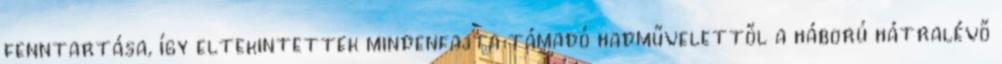
fenntartása, így eltekintettek mindenfajta támadó hadművelettől a háború hátralévő